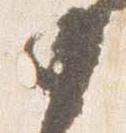
如